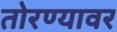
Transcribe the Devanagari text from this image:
तोरण्यावर